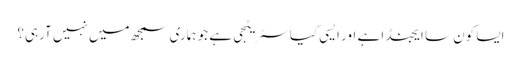
ایسا کون سا ایجنڈا ہے اور ایسی کیا سٹریٹجی ہے جو ہماری سمجھ میں نہیں آرہی؟